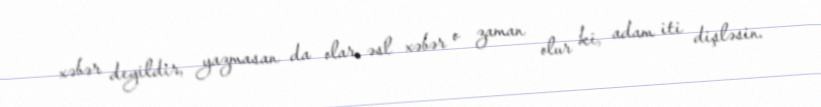
xəbər deyildir, yazmasan da olar, əsl xəbər o zaman olur ki, adam iti dişləsin.